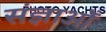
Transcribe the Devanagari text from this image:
संज्ञाओँ